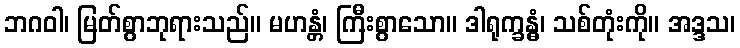
ဘဂဝါ၊ မြတ်စွာဘုရားသည်။ မဟန္တံ၊ ကြီးစွာသော။ ဒါရုက္ခန္ဓံ၊ သစ်တုံးကို။ အဒ္ဒသ၊